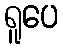
ရူပေ